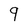
Character: 9